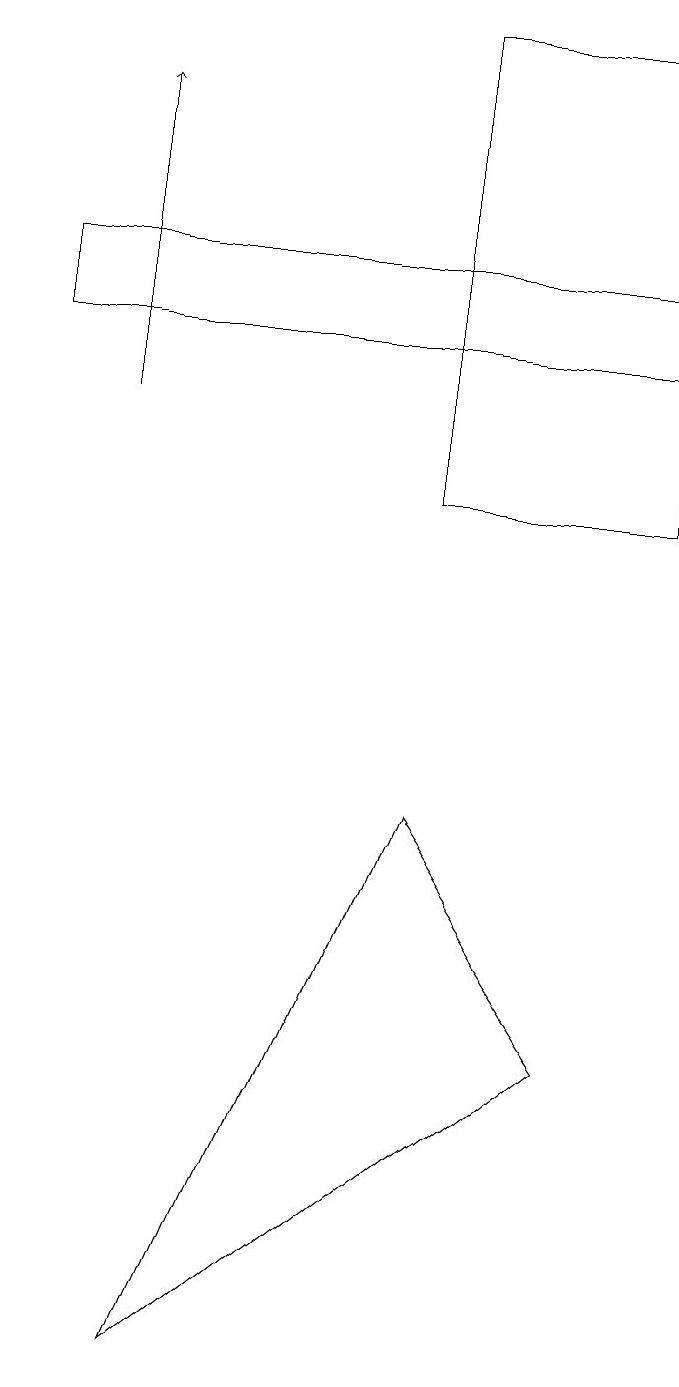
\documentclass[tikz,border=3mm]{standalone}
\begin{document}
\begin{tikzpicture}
\draw (8,15) rectangle (0,14);
\draw (5,12) rectangle (8,18);
\draw (2,1) -- (5,8) -- (7,5) -- cycle;
\draw[->] (1,13) -- (1,17);
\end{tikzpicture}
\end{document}